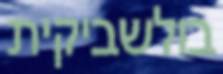
בולשביקית